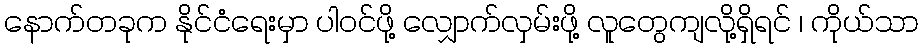
နောက်တခုက နိုင်ငံရေးမှာ ပါဝင်ဖို့ လျှောက်လှမ်းဖို့ လူတွေကျလို့ရှိရင် ၊ ကိုယ်သာ